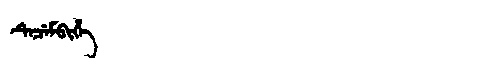
Manchu: ᡨᡝᠴᡝᠮᠪᡳᡥᡝ
Romanization: TECEMBIHE